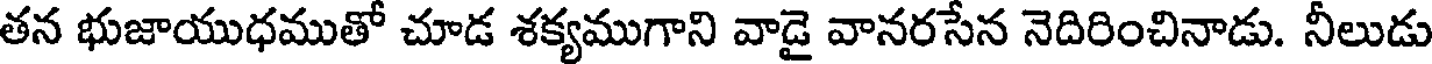
తన భుజాయుధముతో చూడ శక్యముగాని వాడై వానరసేన నెదిరించినాడు. నీలుడు